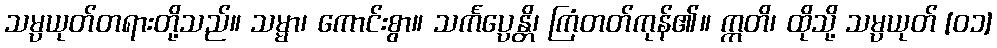
သမ္ပယုတ်တရားတို့သည်။ သမ္မာ၊ ကောင်းစွာ။ သင်္ကပ္ပေန္တိ၊ ကြံတတ်ကုန်၏။ ဣတိ၊ ထိုသို့ သမ္ပယုတ် [၀၁]